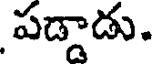
పడ్డాడు.